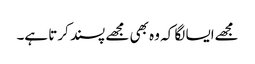
مجھےایسا لگا کہ وہ بھی مجھے پسند کرتا ہے۔